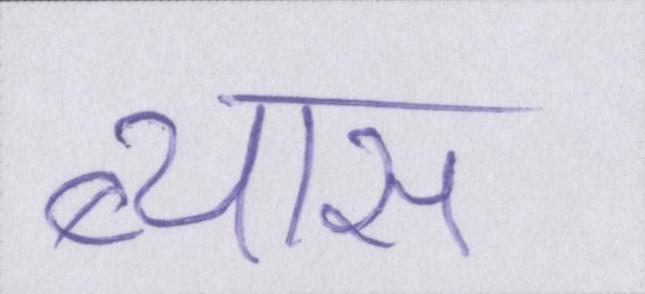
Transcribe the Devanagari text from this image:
ब्यास